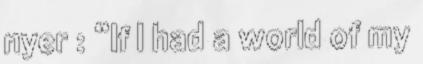
nyer : “If I had a world of my